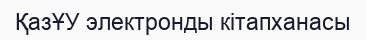
ҚазҰУ электронды кітапханасы